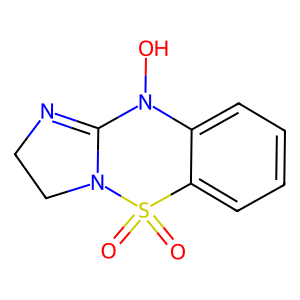
SMILES: O=S1(=O)c2ccccc2N(O)C2=NCCN21
Inhibits HIV replication: No